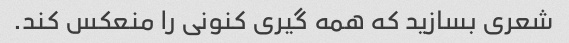
شعری بسازید که همه گیری کنونی را منعکس کند.